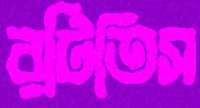
রটিতিস